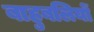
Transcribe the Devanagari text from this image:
बाहुबलियों